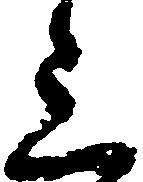
上